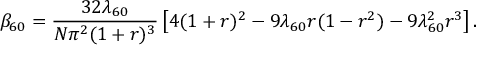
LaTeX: \beta _ { 6 0 } = { \frac { 3 2 \lambda _ { 6 0 } } { N \pi ^ { 2 } ( 1 + r ) ^ { 3 } } } \left[ 4 ( 1 + r ) ^ { 2 } - 9 \lambda _ { 6 0 } r ( 1 - r ^ { 2 } ) - 9 \lambda _ { 6 0 } ^ { 2 } r ^ { 3 } \right] .